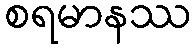
စရမာနဿ